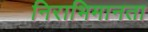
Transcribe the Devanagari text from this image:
निराभिमानता